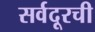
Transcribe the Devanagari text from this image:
सर्वदूरची